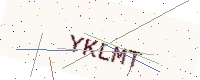
Text: YKLMT